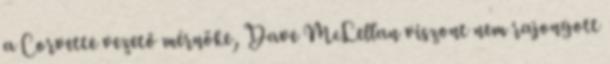
a Corvette vezető mérnöke, Dave McLellan viszont nem rajongott